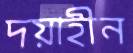
দয়াহীন